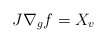
\begin{align*}J\nabla_gf=X_v\end{align*}